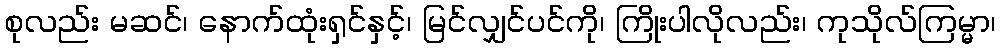
စုလည်း မဆင်၊ နောက်ထုံးရှင်နှင့်၊ မြင်လျှင်ပင်ကို၊ ကြိုးပါလိုလည်း၊ ကုသိုလ်ကြမ္မာ၊